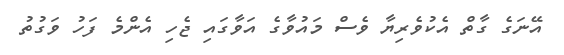
އޭނަގެ ގާތް އެކުވެރިޔާ ވެސް މައުވާގެ އަވާގައި ޖެހި އެންމެ ފަހު ވަގުތު